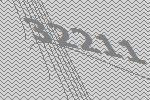
32211